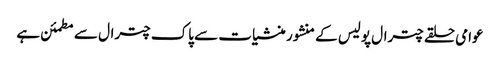
عوامی حلقے چترال پولیس کے منشور منشیات سے پاک چترال سے مطمئن ہے